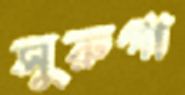
সুরুগা